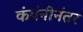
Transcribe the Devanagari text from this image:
कंपंनीनंतर